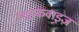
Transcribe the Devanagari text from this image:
लाइकवाइज़